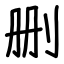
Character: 删